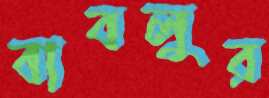
বাবলুর